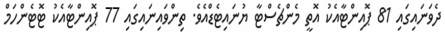
ދެވަނައިގައި 81 ޕޮއިންޓާއެކު އޮތީ މެންޗެސްޓާ ޔުނައިޓެޑްއެވެ. ތިންވައިނައިގައި 77 ޕޮއިންޓާއެކު ޓޮޓެންހަމް